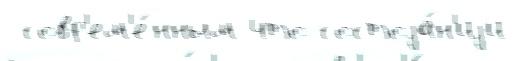
 совр'ем'е́нным что состоjа́н'иjи